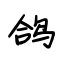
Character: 鸽